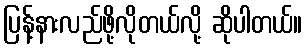
ပြန့်နားလည်ဖို့လိုတယ်လို့ ဆိုပါတယ်။